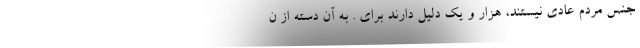
جنس مردم عادی نیستند، هزار و یک دلیل دارند برای . به آن دسته از ن